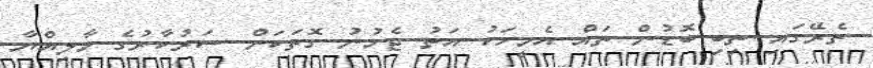
ތެރޭގައި ތިބި ބޮޑުން ތައް އެމީހަކު އަތު ޖެހުނު ގޮތަކަށް ސަރުކާރުގެ މާލިއްޔާ